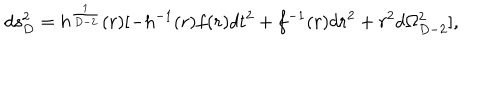
LaTeX: d s _ { D } ^ { 2 } = h ^ { \frac { 1 } { D - 2 } } ( r ) [ - h ^ { - 1 } ( r ) f ( r ) d t ^ { 2 } + f ^ { - 1 } ( r ) d r ^ { 2 } + r ^ { 2 } d \Omega _ { D - 2 } ^ { 2 } ] ,